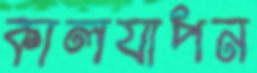
কালযাপন